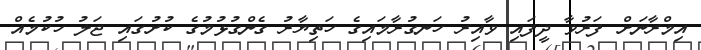
އިމްރާނަށް ފަރުވާ ދީފައި ވާއިރު ހަނގުރާމައިގެ ހަތިޔާރު ގެންގުޅުމުގެ ކުށުގައި ޖަލު ހުކުމެއް